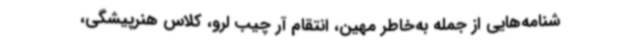
شنامه‌هایی از جمله به‌خاطر مهین، انتقام آر چیب لرو، کلاس هنرپیشگی،